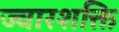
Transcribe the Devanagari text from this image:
ज्वारशक्ति